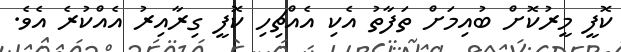
ކޮފީ މީރުކޮށް ބުއިމަށް ތަފާތު އެކި އެއްޗިހި ކޮފީ ގިރާއިރު އެއްކުރެ އެވެ.